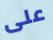
على